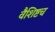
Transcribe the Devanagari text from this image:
वैशिष्टच